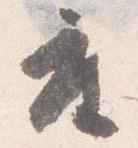
座